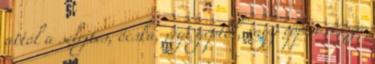
attól a selejtes, ócska, régi géptől, vagy éppen vissza